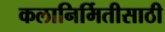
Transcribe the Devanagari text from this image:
कलानिर्मितीसाठी